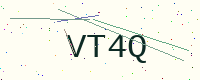
Text: VT4Q